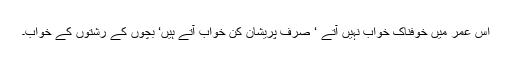
اس عمر میں خوفناک خواب نہیں آتے ‘ صرف پریشان کن خواب آتے ہیں‘ بچوں کے رشتوں کے خواب۔